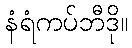
နံရံကပ်ဘီဒို။